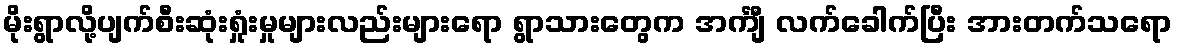
မိုးရွာလို့ပျက်စီးဆုံးရှုံးမှုများလည်းများရော ရွာသားတွေက အင်္ကျီ လက်ခေါက်ပြီး အားတက်သရော